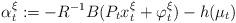
LaTeX: \begin{align*}\alpha^\xi_t:=-R^{-1}B(P_tx^\xi_t+\varphi_t^\xi)-h(\mu_t)\end{align*}